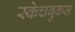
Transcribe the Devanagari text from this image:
स्केचबुक्स